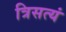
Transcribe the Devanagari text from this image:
त्रिसत्यं